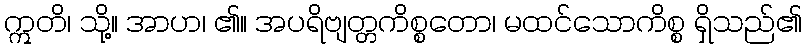
ဣတိ၊ သို့။ အာဟ၊ ၏။ အပရိဗျတ္တကိစ္စတော၊ မထင်သောကိစ္စ ရှိသည်၏